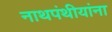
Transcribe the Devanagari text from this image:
नाथपंथीयांना